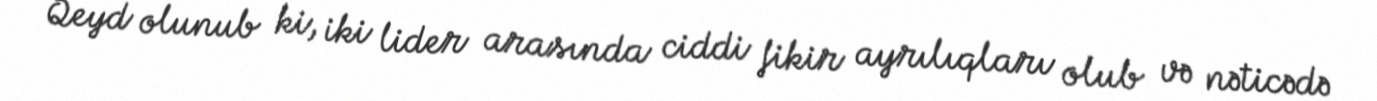
Qeyd olunub ki, iki lider arasında ciddi fikir ayrılıqları olub və nəticədə